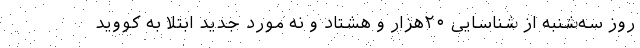
روز سه‌شنبه از شناسایی ۲۰هزار و هشتاد و نه مورد جدید ابتلا به کووید